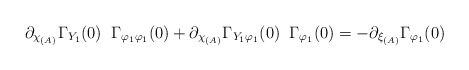
\begin{align*} \partial_{\chi_{(A)}} \Gamma_{Y_1} (0) \; \; \Gamma_{\varphi_1 \varphi_1} (0) + \partial_{\chi_{(A)}} \Gamma_{Y_1 \varphi_1} (0) \; \; \Gamma_{\varphi_1} (0) = - \partial_{\xi_{(A)}} \Gamma_{\varphi_1} (0)\end{align*}